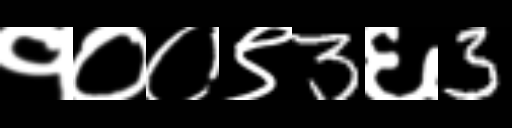
Text: १००९3६3